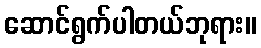
ဆောင်ရွက်ပါတယ်ဘုရား။